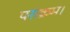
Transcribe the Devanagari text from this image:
पराक्रम।